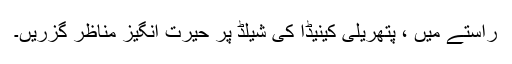
راستے میں ، پتھریلی کینیڈا کی شیلڈ پر حیرت انگیز مناظر گزریں۔